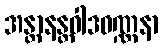
အန္တာနန္တဝါဒဝဏ္ဏနာ